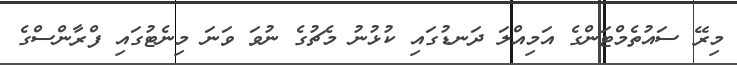
މިރޭ ސައުތެމްޓަންގެ އަމިއްލަ ދަނޑުގައި ކުޅުނު މެޗުގެ ނުވަ ވަނަ މިނެޓުގައި ފްރާންސްގެ